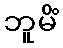
ဘူမိံ